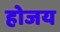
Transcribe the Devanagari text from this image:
होजय